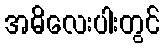
အဓိလေးပါးတွင်